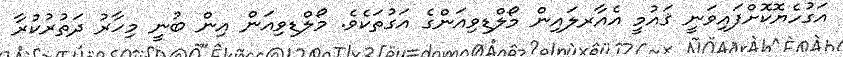
އަގުހެޔޮކޮށްފައިވަނީ ޤައުމީ އެއާރލައިން މޯލްޑިވިއަންގެ އަގުތަކެވެ. މޯލްޑިވިއަން އިން ބުނީ މިހާރު ދަތުރުކުރާ